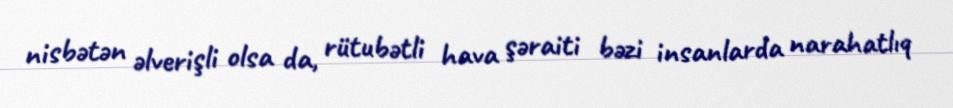
nisbətən əlverişli olsa da, rütubətli hava şəraiti bəzi insanlarda narahatlıq